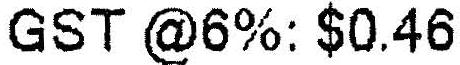
GST @6%: $0.46